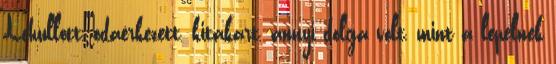
Lehullott, odaérkezett, kitakart, annyi dolga volt, mint a lepelnek